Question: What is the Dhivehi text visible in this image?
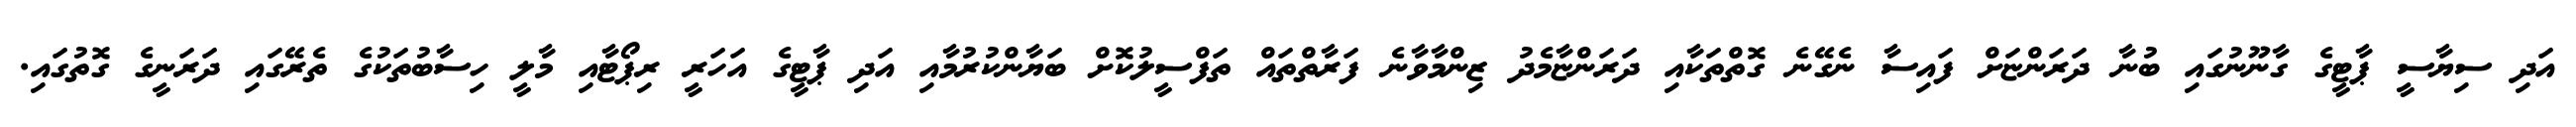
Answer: އަދި ސިޔާސީ ޕާޓީގެ ގާނޫނުގައި ބުނާ ދަރަންޏަށް ފައިސާ ނެގޭނެ ގޮތްތަކާއި ދަރަންޏާމެދު ޒިންމާވާނެ ފަރާތްތައް ތަފްސީލުކޮށް ބަޔާންކުރުމާއި އަދި ޕާޓީގެ އަހަރީ ރިޕޯޓާއި މާލީ ހިސާބުތަކުގެ ތެރޭގައި ދަރަނީގެ ގޮތުގައި.